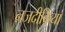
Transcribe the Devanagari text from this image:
नजदीकियां